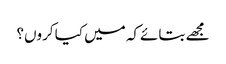
مجھے بتائےکہ میں کیا کروں؟